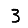
Digit: 3